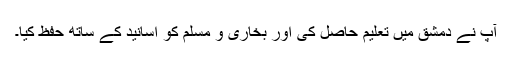
آپ نے دمشق میں تعلیم حاصل کی اور بخاری و مسلم کو اسانید کے ساتھ حفظ کیا۔